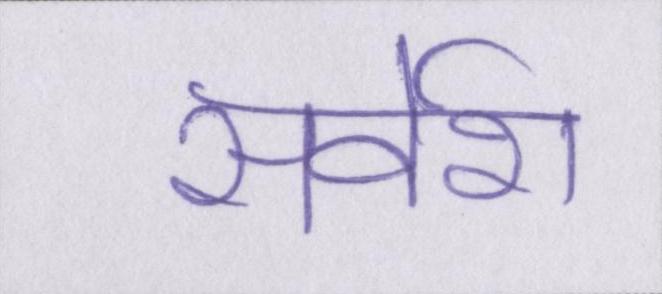
सर्वेश